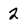
Character: 2